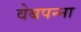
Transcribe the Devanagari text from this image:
वेबपन्ना